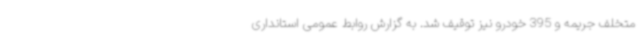
متخلف جریمه و 395 خودرو نیز توقیف شد. به گزارش روابط عمومی استانداری